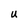
Character: U